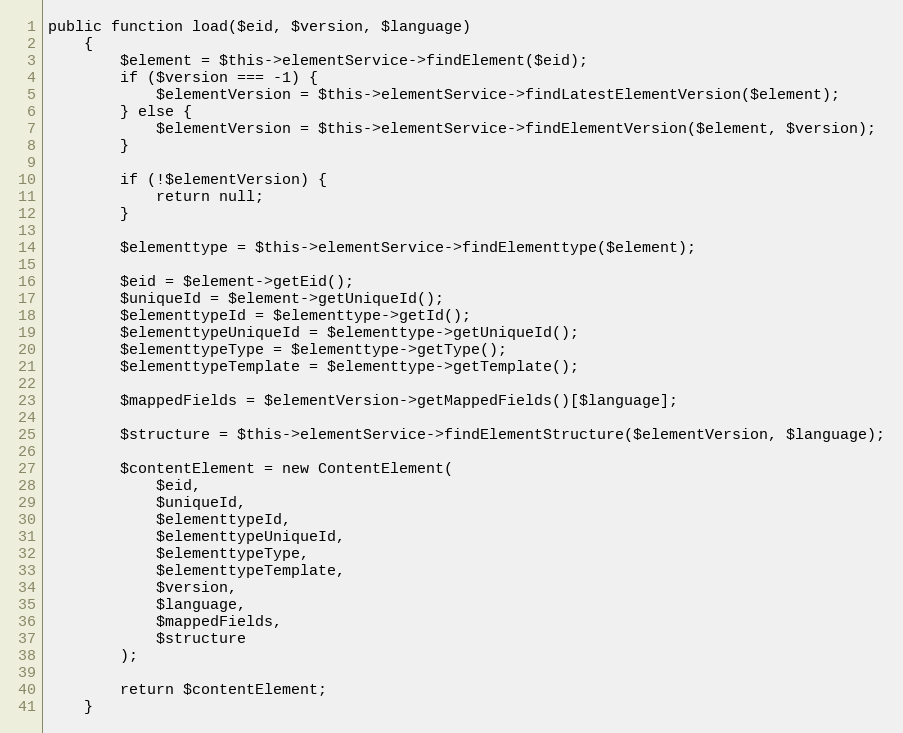
Language: PHP
public function load($eid, $version, $language)
    {
        $element = $this->elementService->findElement($eid);
        if ($version === -1) {
            $elementVersion = $this->elementService->findLatestElementVersion($element);
        } else {
            $elementVersion = $this->elementService->findElementVersion($element, $version);
        }

        if (!$elementVersion) {
            return null;
        }

        $elementtype = $this->elementService->findElementtype($element);

        $eid = $element->getEid();
        $uniqueId = $element->getUniqueId();
        $elementtypeId = $elementtype->getId();
        $elementtypeUniqueId = $elementtype->getUniqueId();
        $elementtypeType = $elementtype->getType();
        $elementtypeTemplate = $elementtype->getTemplate();

        $mappedFields = $elementVersion->getMappedFields()[$language];

        $structure = $this->elementService->findElementStructure($elementVersion, $language);

        $contentElement = new ContentElement(
            $eid,
            $uniqueId,
            $elementtypeId,
            $elementtypeUniqueId,
            $elementtypeType,
            $elementtypeTemplate,
            $version,
            $language,
            $mappedFields,
            $structure
        );

        return $contentElement;
    }